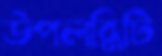
উপলব্ধিটি